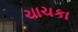
ચાચકા